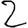
Digit: 2